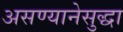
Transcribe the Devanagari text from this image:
असण्यानेसुद्धा